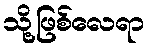
သို့ဖြစ်လေရာ